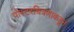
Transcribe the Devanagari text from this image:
पोस्टरचित्रणाकडून